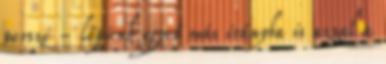
persze - lépünk egyet más irányba is azzal a